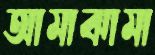
আমাঝামা